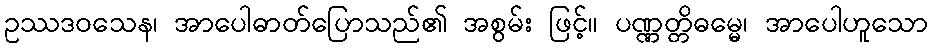
ဥဿဒဝသေန၊ အာပေါဓာတ်ပြောသည်၏ အစွမ်း ဖြင့်။ ပဏ္ဏတ္တိဓမ္မေ၊ အာပေါဟူသော